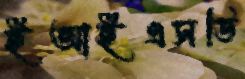
ইআইএসডি